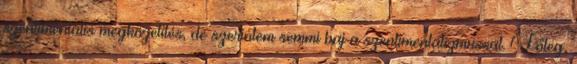
szentimentális megközelítés, de szerintem semmi baj a szentimentalizmussal. Főleg,